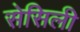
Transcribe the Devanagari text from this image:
सेसिली